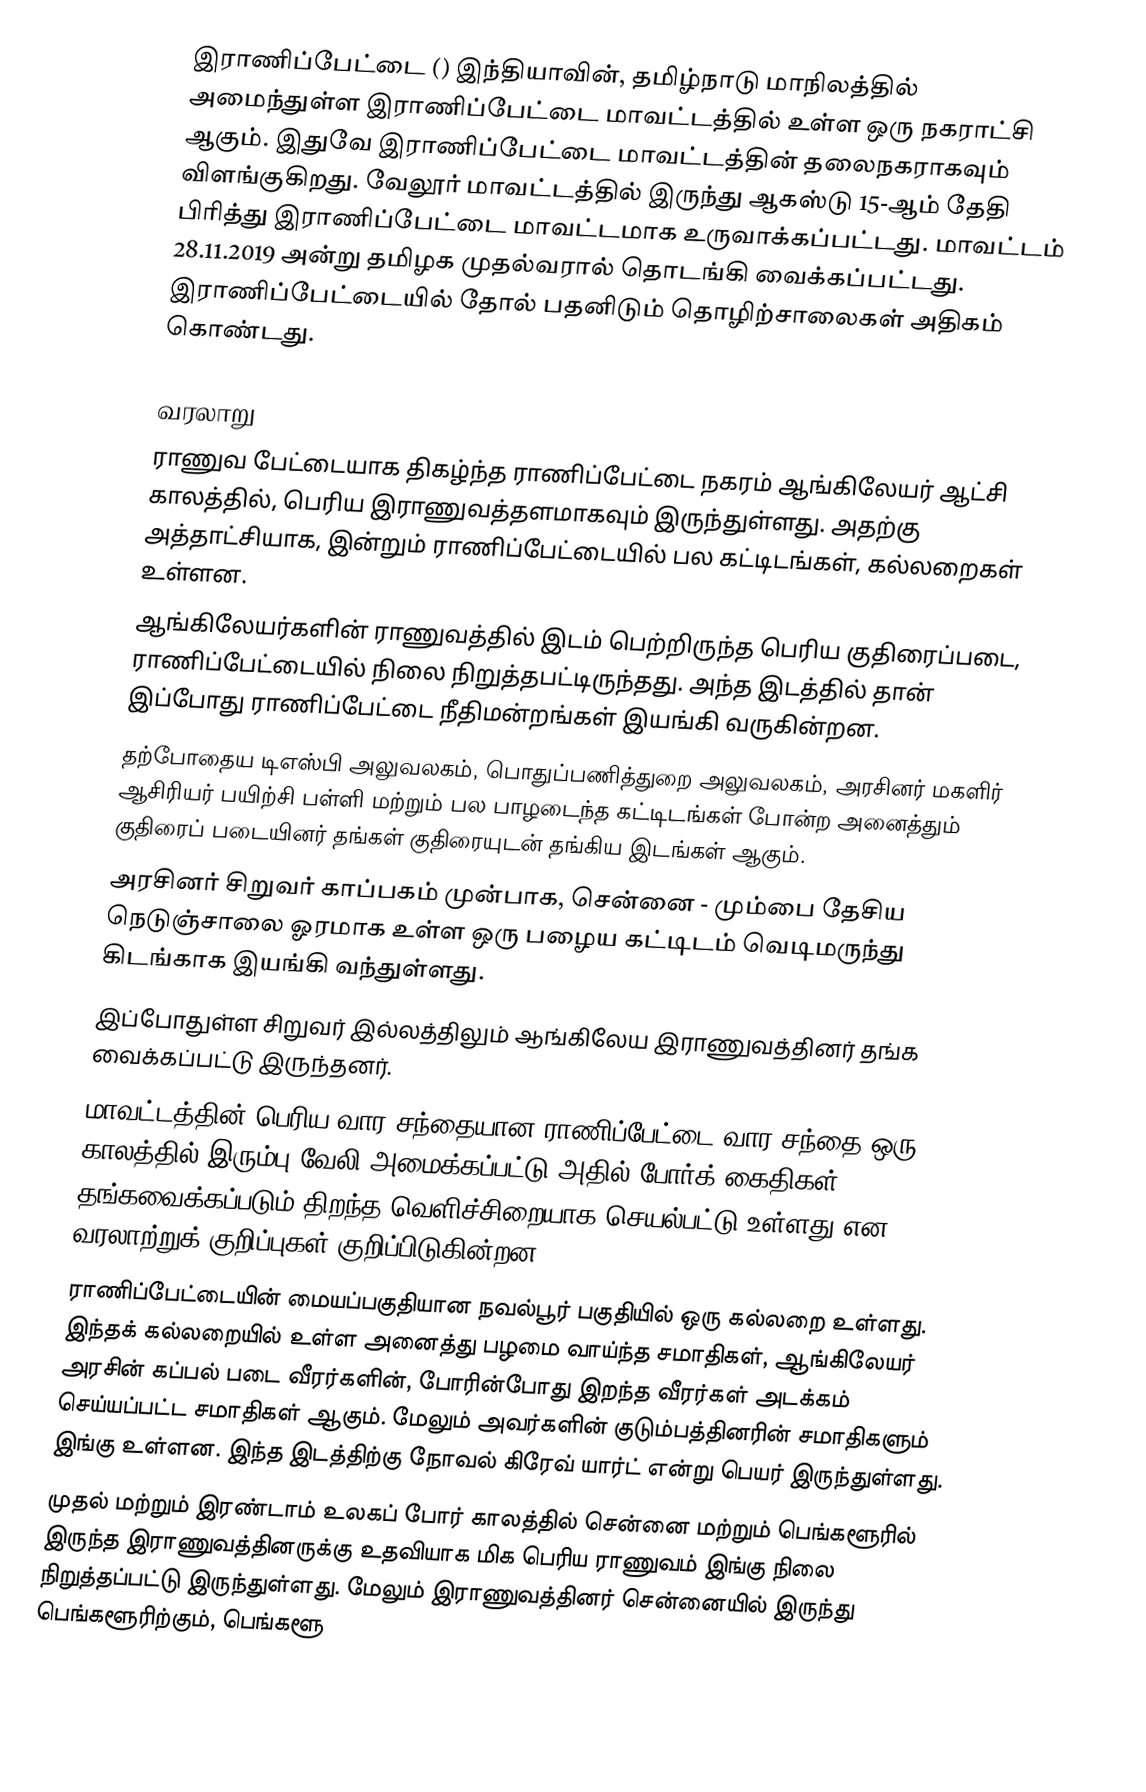
இராணிப்பேட்டை () இந்தியாவின், தமிழ்நாடு மாநிலத்தில் அமைந்துள்ள இராணிப்பேட்டை மாவட்டத்தில் உள்ள ஒரு நகராட்சி ஆகும். இதுவே இராணிப்பேட்டை மாவட்டத்தின் தலைநகராகவும் விளங்குகிறது. வேலூர் மாவட்டத்தில் இருந்து ஆகஸ்டு 15-ஆம் தேதி பிரித்து இராணிப்பேட்டை மாவட்டமாக உருவாக்கப்பட்டது. மாவட்டம் 28.11.2019 அன்று தமிழக முதல்வரால் தொடங்கி வைக்கப்பட்டது. இராணிப்பேட்டையில் தோல் பதனிடும் தொழிற்சாலைகள் அதிகம் கொண்டது.

வரலாறு
 ராணுவ பேட்டையாக திகழ்ந்த ராணிப்பேட்டை நகரம் ஆங்கிலேயர் ஆட்சி காலத்தில், பெரிய இராணுவத்தளமாகவும் இருந்துள்ளது. அதற்கு அத்தாட்சியாக, இன்றும் ராணிப்பேட்டையில் பல கட்டிடங்கள், கல்லறைகள் உள்ளன.
 ஆங்கிலேயர்களின் ராணுவத்தில் இடம் பெற்றிருந்த பெரிய குதிரைப்படை, ராணிப்பேட்டையில் நிலை நிறுத்தபட்டிருந்தது. அந்த இடத்தில் தான் இப்போது ராணிப்பேட்டை நீதிமன்றங்கள் இயங்கி வருகின்றன.
 தற்போதைய டிஎஸ்பி அலுவலகம், பொதுப்பணித்துறை அலுவலகம், அரசினர் மகளிர் ஆசிரியர் பயிற்சி பள்ளி மற்றும் பல பாழடைந்த கட்டிடங்கள் போன்ற அனைத்தும் குதிரைப் படையினர் தங்கள் குதிரையுடன் தங்கிய இடங்கள் ஆகும்.
 அரசினர் சிறுவர் காப்பகம் முன்பாக, சென்னை - மும்பை தேசிய நெடுஞ்சாலை ஓரமாக உள்ள ஒரு பழைய கட்டிடம் வெடிமருந்து கிடங்காக இயங்கி வந்துள்ளது.
 இப்போதுள்ள சிறுவர் இல்லத்திலும் ஆங்கிலேய இராணுவத்தினர் தங்க வைக்கப்பட்டு இருந்தனர்.
 மாவட்டத்தின் பெரிய வார சந்தையான ராணிப்பேட்டை வார சந்தை ஒரு காலத்தில் இரும்பு வேலி அமைக்கப்பட்டு அதில் போர்க் கைதிகள் தங்கவைக்கப்படும் திறந்த வெளிச்சிறையாக செயல்பட்டு உள்ளது என வரலாற்றுக் குறிப்புகள் குறிப்பிடுகின்றன.
 ராணிப்பேட்டையின் மையப்பகுதியான நவல்பூர் பகுதியில் ஒரு கல்லறை உள்ளது. இந்தக் கல்லறையில் உள்ள அனைத்து பழமை வாய்ந்த சமாதிகள், ஆங்கிலேயர் அரசின் கப்பல் படை வீரர்களின், போரின்போது இறந்த வீரர்கள் அடக்கம் செய்யப்பட்ட சமாதிகள் ஆகும். மேலும் அவர்களின் குடும்பத்தினரின் சமாதிகளும் இங்கு உள்ளன. இந்த இடத்திற்கு நோவல் கிரேவ் யார்ட் என்று பெயர் இருந்துள்ளது.
 முதல் மற்றும் இரண்டாம் உலகப் போர் காலத்தில் சென்னை மற்றும் பெங்களூரில் இருந்த இராணுவத்தினருக்கு உதவியாக மிக பெரிய ராணுவம் இங்கு நிலை நிறுத்தப்பட்டு இருந்துள்ளது. மேலும் இராணுவத்தினர் சென்னையில் இருந்து பெங்களூரிற்கும், பெங்களூ